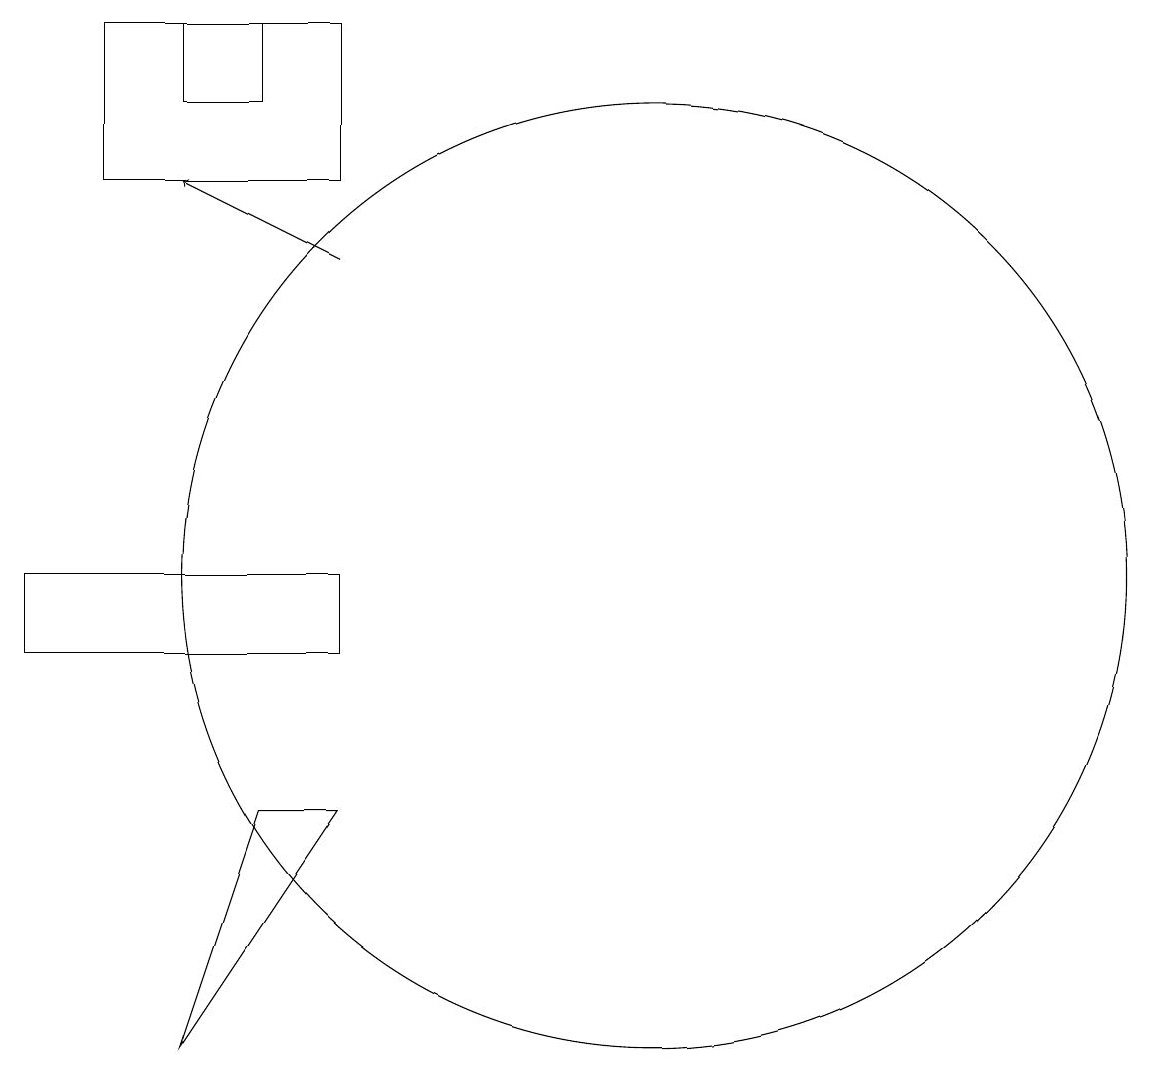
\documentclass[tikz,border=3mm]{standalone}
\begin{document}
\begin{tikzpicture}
\draw (4,16) rectangle (7,18);
\draw[->] (7,15) -- (5,16);
\draw (5,17) rectangle (6,18);
\draw (7,8) -- (6,8) -- (5,5) -- cycle;
\draw (3,10) rectangle (7,11);
\draw (11,11) circle (6);
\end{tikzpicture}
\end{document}